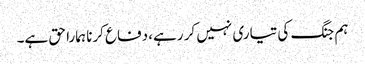
ہم جنگ کی تیاری نہیں کر رہے، دفاع کرنا ہمارا حق ہے۔